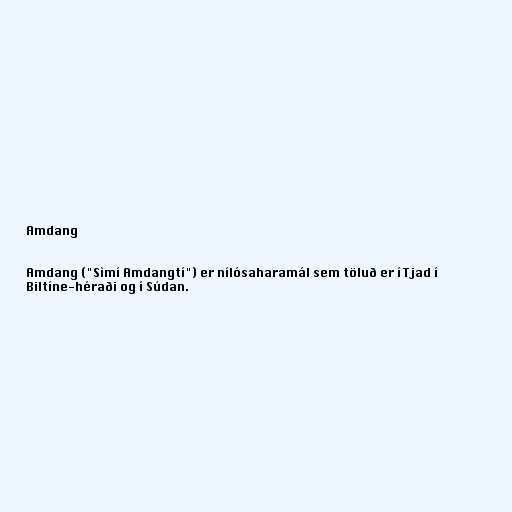
Amdang

Amdang ("Sìmí Amdangtí") er nílósaharamál sem töluð er í Tjad í
Biltíne-héraði og í Súdan.